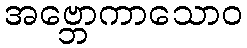
အဗ္ဘောကာသောဝ